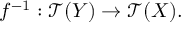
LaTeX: f ^ { - 1 } : { \mathcal { T } } ( Y ) \to { \mathcal { T } } ( X ) .